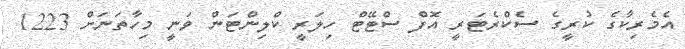
އެމެރިކާގެ ކުރީގެ ސެކްރެޓަރީ އޮފް ސްޓޭޓް ހިލަރީ ކްލިންޓަން ވަނީ މިހާތަނަށް 1223